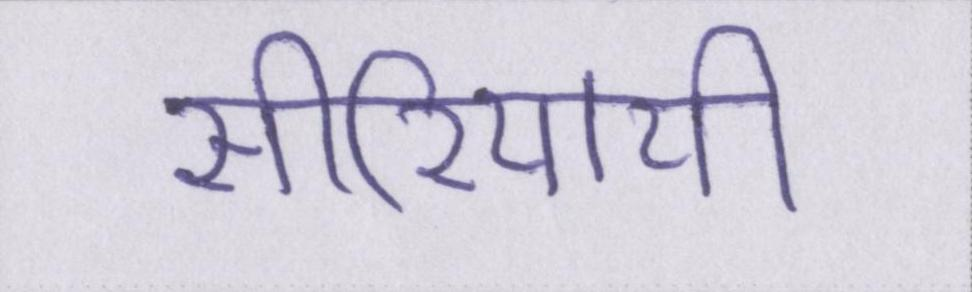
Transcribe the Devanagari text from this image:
सीरियायी